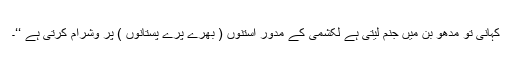
کہانی تو مدھو بن میں جنم لیتی ہے لکشمی کے مدور استنوں ( بھرے پرے پستانوں ) پر وشرام کرتی ہے ‘‘۔